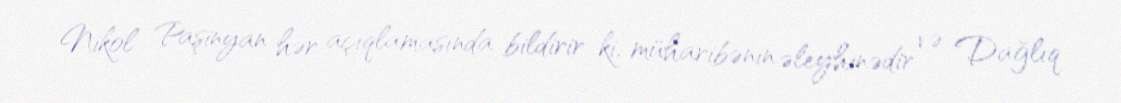
Nikol Paşinyan hər açıqlamasında bildirir ki, müharibənin əleyhinədir və Dağlıq